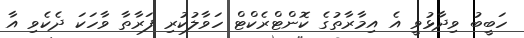
ހަބީބު ވިދާޅުވީ އެ އިމާރާތުގެ ކޮންޓްރެކްޓް ހަވާލުކުރި ފަރާތާ ވާހަކަ ދެކެވި އާ